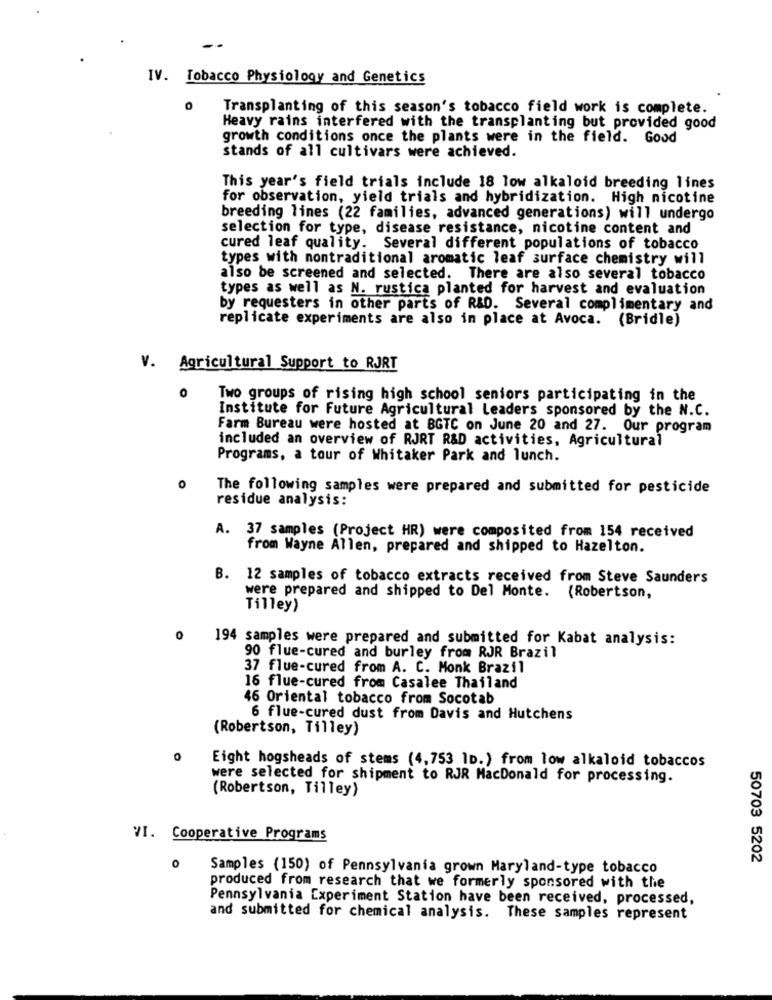
IV. Tobacco Physiology and Genetics
0
Transplanting of this season's tobacco field work is complete.
Heavy rains interfered with the transplanting but provided good
growth conditions once the plants were in the field. Good
stands of all cultivars were achieved.
This year's field trials include 18 low alkaloid breeding lines
for observation, yield trials and hybridization. High nicotine
breeding lines (22 families, advanced generations) will undergo
selection for type, disease resistance, nicotine content and
cured leaf quality. Several different populations of tobacco
types with nontraditional aromatic leaf surface chemistry will
also be screened and selected.
There are also several tobacco
types as well as N. rustica planted for harvest and evaluation
by requesters in other parts of R&D. Several complimentary and
replicate experiments are also in place at Avoca. (Bridle)
V. Agricultural Support to RJRT
0
Two groups of rising high school seniors participating in the
Institute for Future Agricultural Leaders sponsored by the N.C.
Farm Bureau were hosted at BGTC on June 20 and 27. Our program
included an overview of RJRT R&D activities, Agricultural
Programs, a tour of Whitaker Park and lunch.
The following samples were prepared and submitted for pesticide
residue analysis:
A. 37 samples (Project HR) were composited from 154 received
from Wayne Allen, prepared and shipped to Hazelton.
B. 12 samples of tobacco extracts received from Steve Saunders
were prepared and shipped to Del Monte. (Robertson,
Tilley)
0
194 samples were prepared and submitted for Kabat analysis:
90 flue-cured and burley from RJR Brazil
37 flue-cured from A. C. Monk Brazil
16 flue-cured from Casalee Thailand
46 Oriental tobacco from Socotab
6 flue-cured dust from Davis and Hutchens
(Robertson, Tilley)
0
Eight hogsheads of stems (4,753 1D.) from low alkaloid tobaccos
were selected for shipment to RJR MacDonald for processing.
(Robertson, Tilley)
VI. Cooperative Programs
50703 5202
0
Samples (150) of Pennsylvania grown Maryland-type tobacco
produced from research that we formerly sponsored with the
Pennsylvania Experiment Station have been received, processed,
and submitted for chemical analysis. These samples represent